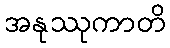
အနုဿုကာတိ